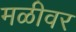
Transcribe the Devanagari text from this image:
मळीवर